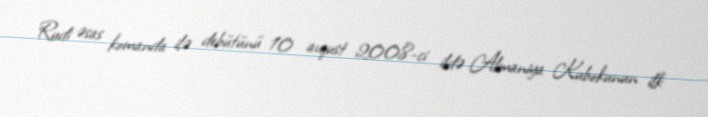
Rudi əsas komanda ilə debütünü 10 avqust 2008-ci ildə Almaniya Kubokunun ilk